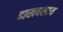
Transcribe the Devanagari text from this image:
दाखवलाय